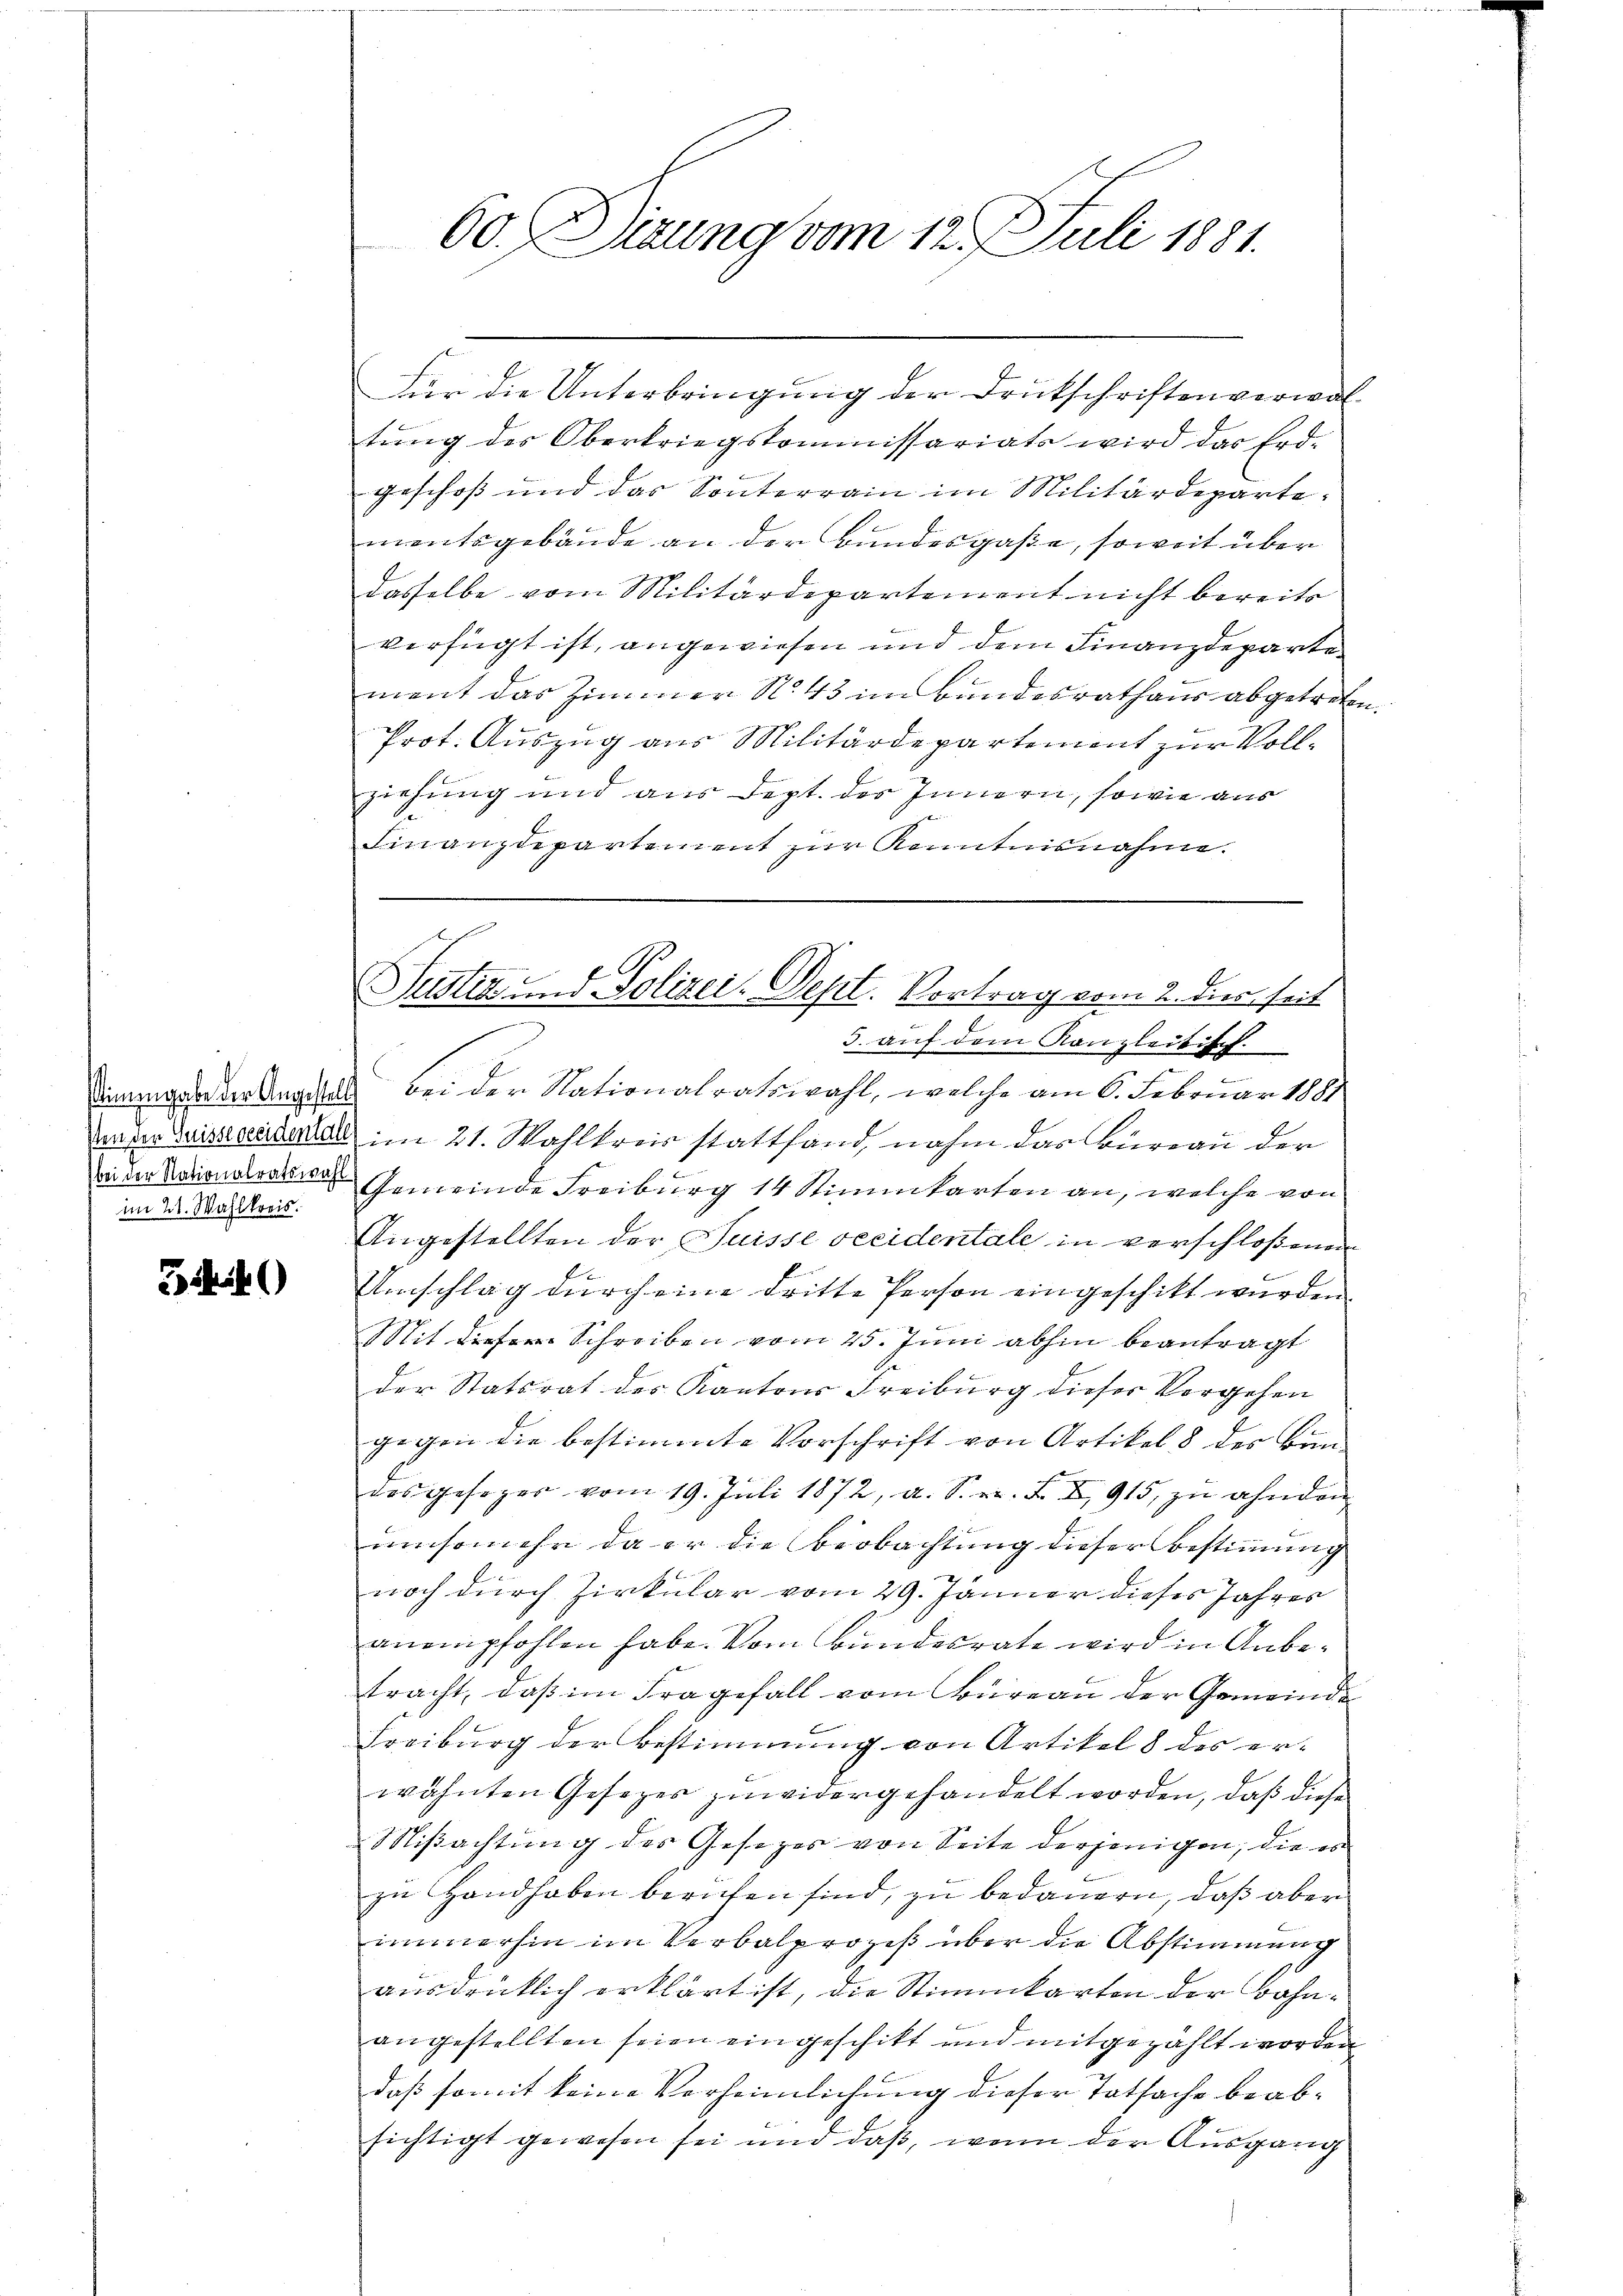
im 21. Wahlkreis.

5440

60. Sirung vom 12. J. Juli 1881.

Für die Unterbringung der Drukschriften verwaltŭng des Oberkriegskommissariats wird das Erd-
geschoß und das Sonnterrain im Militärdepartementsgebäude an der Bundesgaße, soweit über
dasselbe vom Militärdepartement nicht bereits
verfügt ist, angewiesen und dem Finanzdeparte
ment das Zimmer N. 43 im Bundesrathaus abgetreten.
Prot. Auszug aus Militärdepartement zur Vollziehung und aus dept. des Innern, sowie aus
Finanzdepartement zur Kenntnisnahme.
3. auf dem Kanzleitisch
e
dienungen der Angefalls bei der Nationalratswahl, welche am 6. Februar 1881
Unter duistandertel im 21. Wahlkreis stattfand, nahm das Büreau der
ider Nationalrates Gemeinde Freiburg 14 Stimmkarten an, welche von
Angestellten der Suisse vecidentale in verschloßenen
Umschlag durch eine dritte Person eingeschikt wurden.
Mit der Schreiben vom 25. Juni abhin beantragt
der Statsrat des Kantons Freiburg dieser Vorgehen
gegen die bestimmte Vorschrift von Artikel 8 des Bundas gefeger vom 19. Juli 1872, a. S. n. F. X 915, zŭ ahnden
umsomehr da er die Beobachtung dieser Bestimmung
noch durch Zirkular vom 29. Jänner dieses Jahres
anempfohlen habe. Vom Bundesrate wird in Anbetracht, daß im Fragefall vom Bureau der Gemeinde
Freiburg der Bestimmung von Artikel 8 des erwähnten Gesezes zuwidergehandelt worden, daß diese
Mißachtung des Gesezes von Seite derjenigen, die es
zu Handhaben berufen sind, zu bedauern, daß aber
immerhin im Verbalprozeß über die Abstimmung
ausdrücklich erklärt ist, die Stimmkarten der Bahnangestellten seien eingeschikt und mitgezählt worden
daß somit keine Verheimlichung dieser Tatsache beabsichtigt gewesen sei und daß, wenn der Ausgang

Justiz und Polizei. Sept. Vortrag vom 2. dies seit